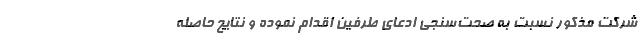
شركت مذكور نسبت به صحت‌سنجي ادعاي طرفين اقدام نموده و نتايج حاصله